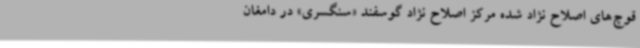
قوچ‌های اصلاح نژاد شده مرکز اصلاح نژاد گوسفند «سنگسری» در دامغان